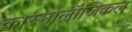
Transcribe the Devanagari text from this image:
कास्मोलॉजिकल